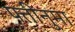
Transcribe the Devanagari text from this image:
पत्तीनुमा